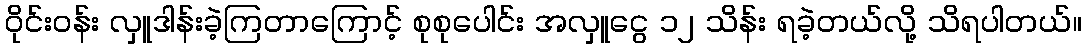
ဝိုင်းဝန်း လှူဒါန်းခဲ့ကြတာကြောင့် စုစုပေါင်း အလှူငွေ ၁၂ သိန်း ရခဲ့တယ်လို့ သိရပါတယ်။